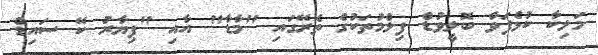
މަލިކާ ކުޅެފަވާ ބޮލީވުޑް ފިލްމުތަކުގެ ތެރޭގައި "މާޑާ" އާއި "ޕިޔާރު ކޭ ސައިޑް